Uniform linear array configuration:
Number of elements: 48
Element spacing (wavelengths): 0.25
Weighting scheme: cosine
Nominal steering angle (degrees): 60
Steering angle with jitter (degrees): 61.513
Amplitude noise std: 0.05
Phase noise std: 0.05

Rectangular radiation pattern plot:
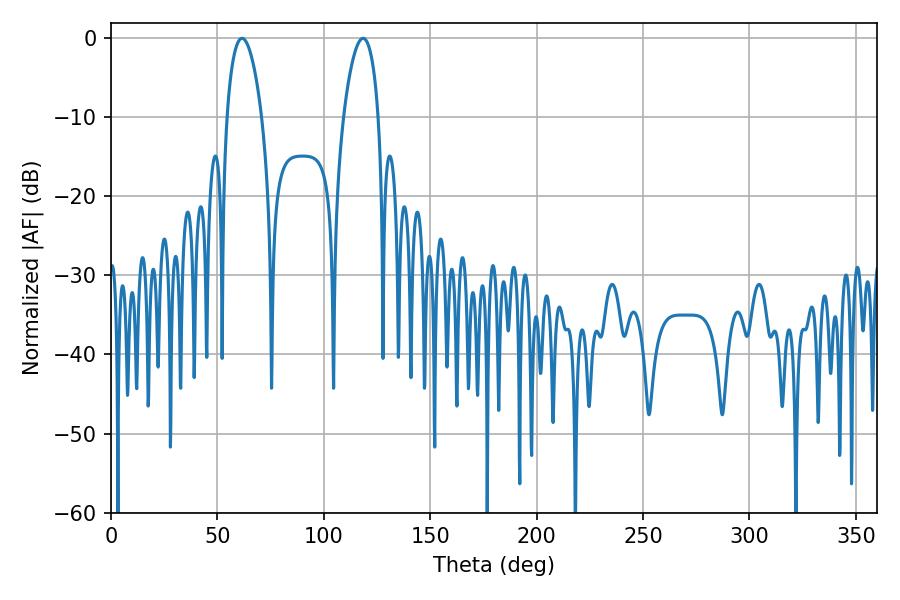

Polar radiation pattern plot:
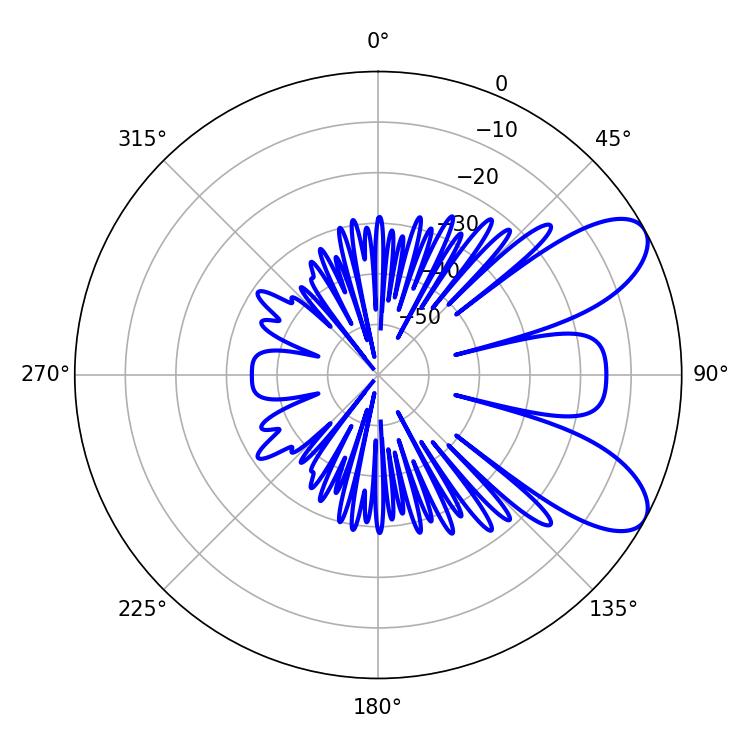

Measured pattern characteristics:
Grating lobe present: FALSE
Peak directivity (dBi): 8.029
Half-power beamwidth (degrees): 9.36
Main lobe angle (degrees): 61.56